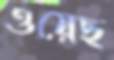
ওয়েছ